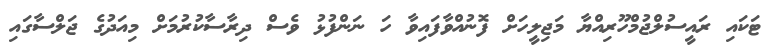
ޓަކައި ރައީސުލްޖުމްހޫރިއްޔާ މަޖިލީހަށް ފޮނުއްވާފައިވާ ހަ ނަންފުޅު ވެސް ދިރާސާކުރުމަށް މިއަދުގެ ޖަލްސާގައި